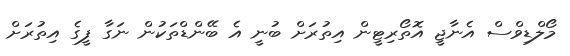
މޯލްޑިވްސް އެނާޖީ އޮތޯރިޓީން އިތުރަށް ބުނީ އެ ބޭންޑްތަކުން ނަގާ ފީގެ އިތުރަށް